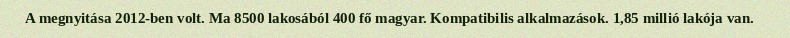
A megnyitása 2012-ben volt. Ma 8500 lakosából 400 fő magyar. Kompatibilis alkalmazások. 1,85 millió lakója van.